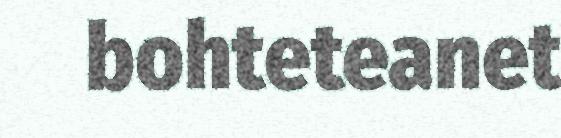
bohteteanet